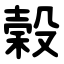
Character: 榖